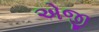
એજી